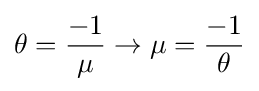
\theta ={\frac {-1}{\mu }}\rightarrow \mu ={\frac {-1}{\theta }}